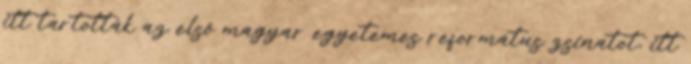
itt tartották az első magyar egyetemes református zsinatot, itt